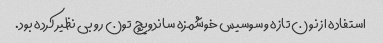
استفاده از نون تازه و سوسیس خوشمزه ساندویچ تون رو بی نظیر کرده بود.